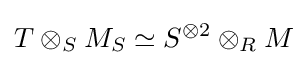
T\otimes _{S}M_{S}\simeq S^{\otimes 2}\otimes _{R}M